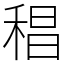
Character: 䅛